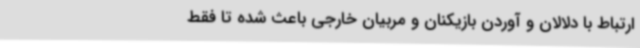
ارتباط با دلالان و آوردن بازیکنان و مربیان خارجی باعث شده تا فقط